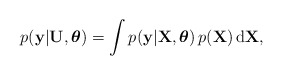
\begin{align*}p(\mathbf{y}\vert\mathbf{U},\boldsymbol{\theta})=\int p(\mathbf{y}\vert\mathbf{X},\boldsymbol{\theta})\, p(\mathbf{X})\,\mathrm{d\mathbf{X}},\end{align*}